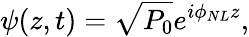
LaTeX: \psi(z,t)=\sqrt{P_{0}}e^{i\phi_{NL}z},